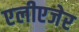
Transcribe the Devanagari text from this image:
एलीएजेर